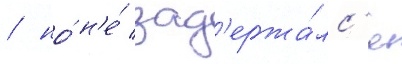
/ но́ н'е́ зад'ержа́лс'я